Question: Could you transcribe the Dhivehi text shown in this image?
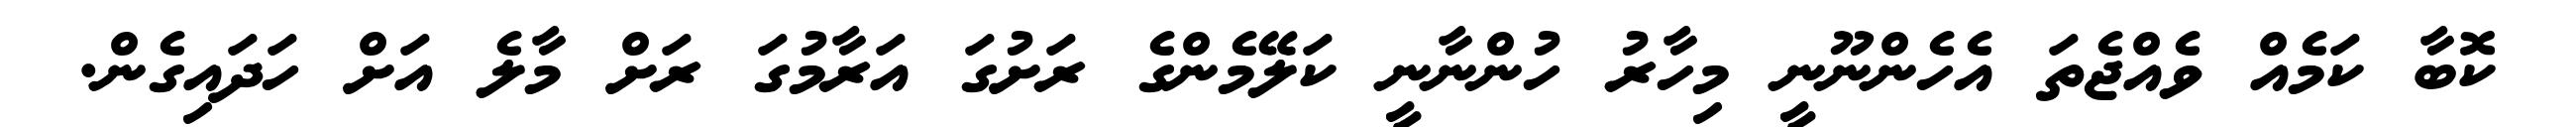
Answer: ކޮބާ ކަމެއް ވެއްޖެތަ އެހެންނޫނީ މިހާރު ހުންނާނީ ކަލޭމެންގެ ރަށުގަ އަރާމުގަ ރަށް މާލެ އަށް ހަދައިގެން.